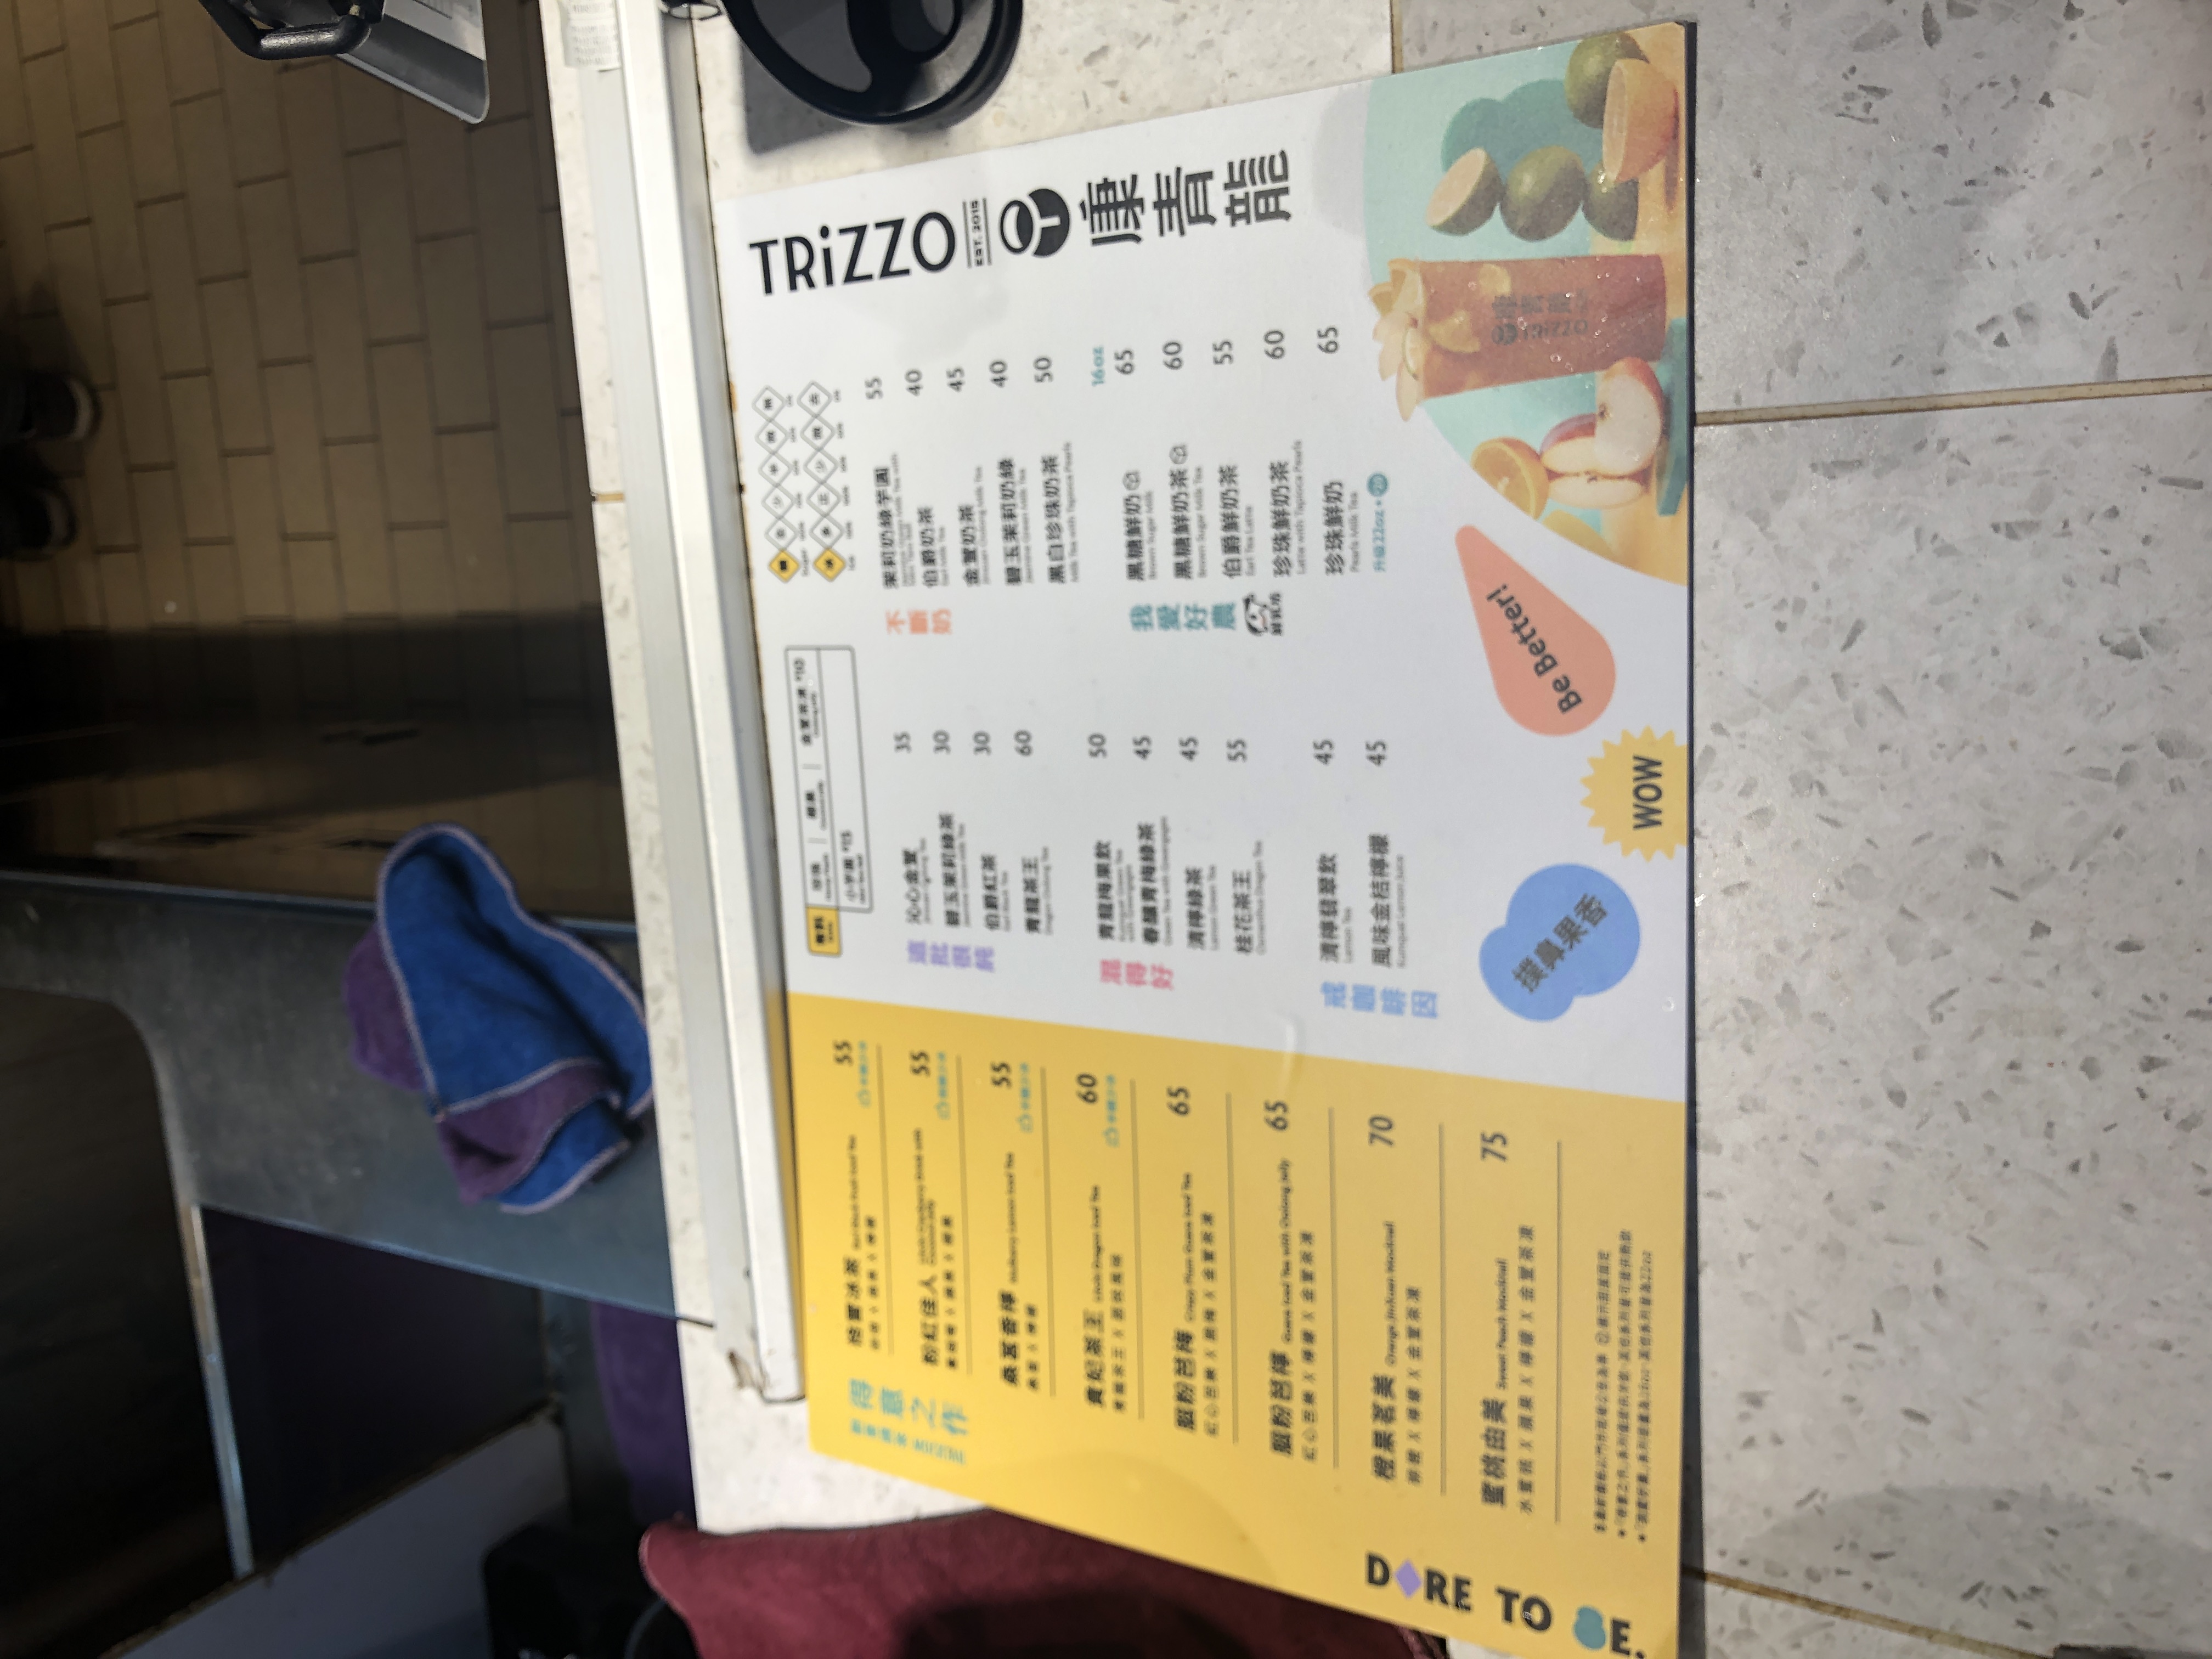
餐廳：TRIZZO
電話：09317720
菜單：
name: 黑糖鮮奶
price: 55
name: 黑糖珍珠鮮奶
price: 55
name: 伯爵鮮奶茶
price: 40
name: 碳培烏龍鮮奶
price: 40
name: 鐵觀音鮮奶茶
price: 45
name: 鮮奶蓋紅
price: 50
name: 鮮奶蓋綠
price: 50
name: 嚴選黑糖鮮奶
price: 65
name: 嚴選黑糖鮮奶伯爵
price: 60
name: 嚴選珍珠鮮奶茶
price: 55
name: 嚴選烏龍鮮奶茶
price: 60
name: 嚴選鮮奶蓋
price: 65
name: 沁心金萱
price: 35
name: 鐵玉潔莉綠茶
price: 30
name: 伯爵紅茶
price: 30
name: 青檸鐵觀音
price: 60
name: 清檸綠茶
price: 50
name: 葡萄柚綠茶
price: 45
name: 鮮檸綠茶
price: 45
name: 桂花凍茶
price: 55
name: 清檸翡翠飲
price: 45
name: 風味金桔檸檬
price: 45
name: 檸香冰茶
price: 55
name: 粉紅佳人
price: 55
name: 蜜香檸
price: 60
name: 貴妃茶王
price: 65
name: 葡萄柚翡翠
price: 65
name: 橙果茉莉
price: 70
name: 藍橘由美
price: 75